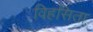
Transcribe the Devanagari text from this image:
विहसिता